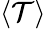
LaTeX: \langle\mathcal T\rangle